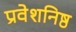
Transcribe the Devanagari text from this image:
प्रवेशनिष्ठ